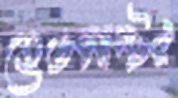
হেডমাস্টর